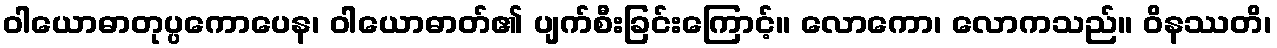
ဝါယောဓာတုပ္ပကောပေန၊ ဝါယောဓာတ်၏ ပျက်စီးခြင်းကြောင့်။ လောကော၊ လောကသည်။ ဝိနဿတိ၊